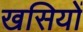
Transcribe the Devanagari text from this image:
खसियों